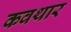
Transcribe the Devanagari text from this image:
कवथार